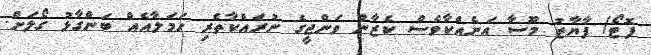
ފޮޓޯ/ ފާޔާޒު މޫސާ އަނެއްކާވެސް ކެޒާން ވަންޖީގެ ނުރައްކާތެރި ހަމަލާއެއް ބަންގާޅު ގޯލަށް.